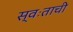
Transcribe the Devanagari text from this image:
स्वःताची